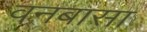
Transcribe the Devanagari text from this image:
वनबासा